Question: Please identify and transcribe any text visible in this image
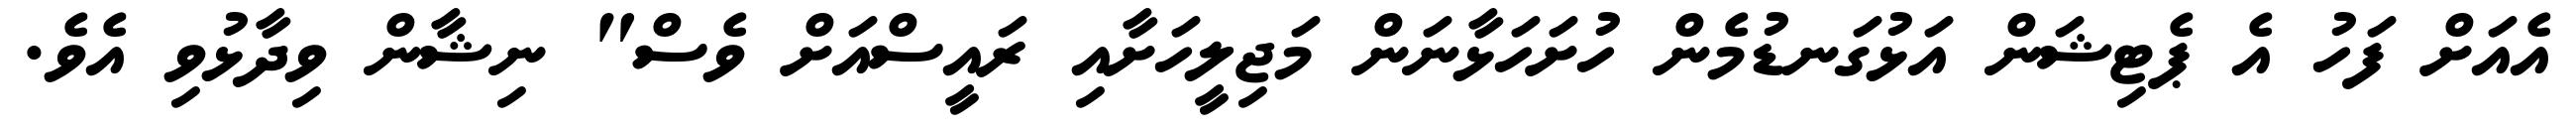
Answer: އެއަށް ފަހު އެ ޕެޓިޝަން އަޅުގަނޑުމެން ހުށަހަޅާނަން މަޖިލީހަށާއި ރައީސްއަށް ވެސް" ނިޝާން ވިދާޅުވި އެވެ.